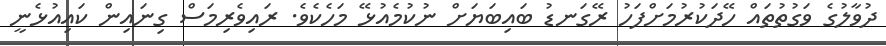
ދުވާލުގެ ވަގުތުތައް ހޭދަކުރުމަށްފަހު ރޭގަނޑު ބައިބަޔަށް ނުކުމެއުޅޭ މަހެކެވެ. ރައިވެރިމަސް ގިނައިން ކައިއުޅެނީ